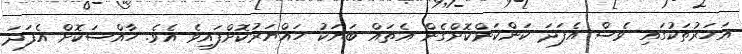
އަހަރުތަކުގައި ވެސް އެފަދަ ކަންކަންކޮށްގެން އެތައް ބަޔަކު ހައްޔަރުކޮށްފައިވެ އެވެ. ހާއްސަކޮށް އެފަދަ